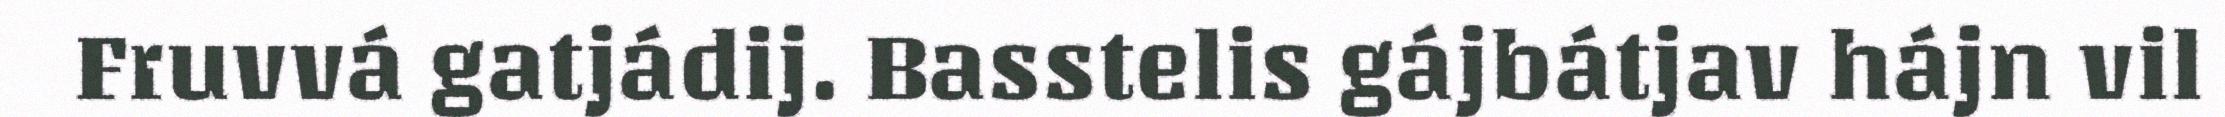
Fruvvá gatjádij. Basstelis gájbátjav hájn vil